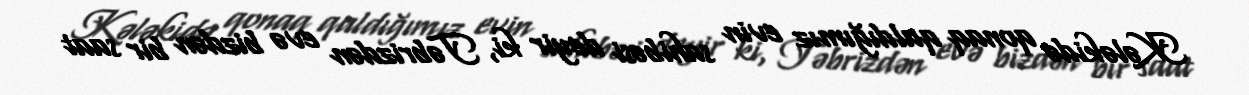
Kələkidə qonaq qaldığımız evin sahibəsi deyir ki, Təbrizdən evə bizdən bir saat